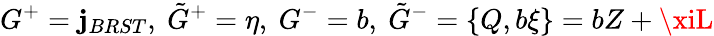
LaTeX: G^{+}=\mathbf{j}_{BRST},~\tilde{{G}}^{+}=\eta,~G^{-}=b,~\tilde{{G}}^{-}=\{ Q,b\xi\} =bZ+\xiL